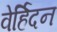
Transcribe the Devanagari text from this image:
वेर्हिदन